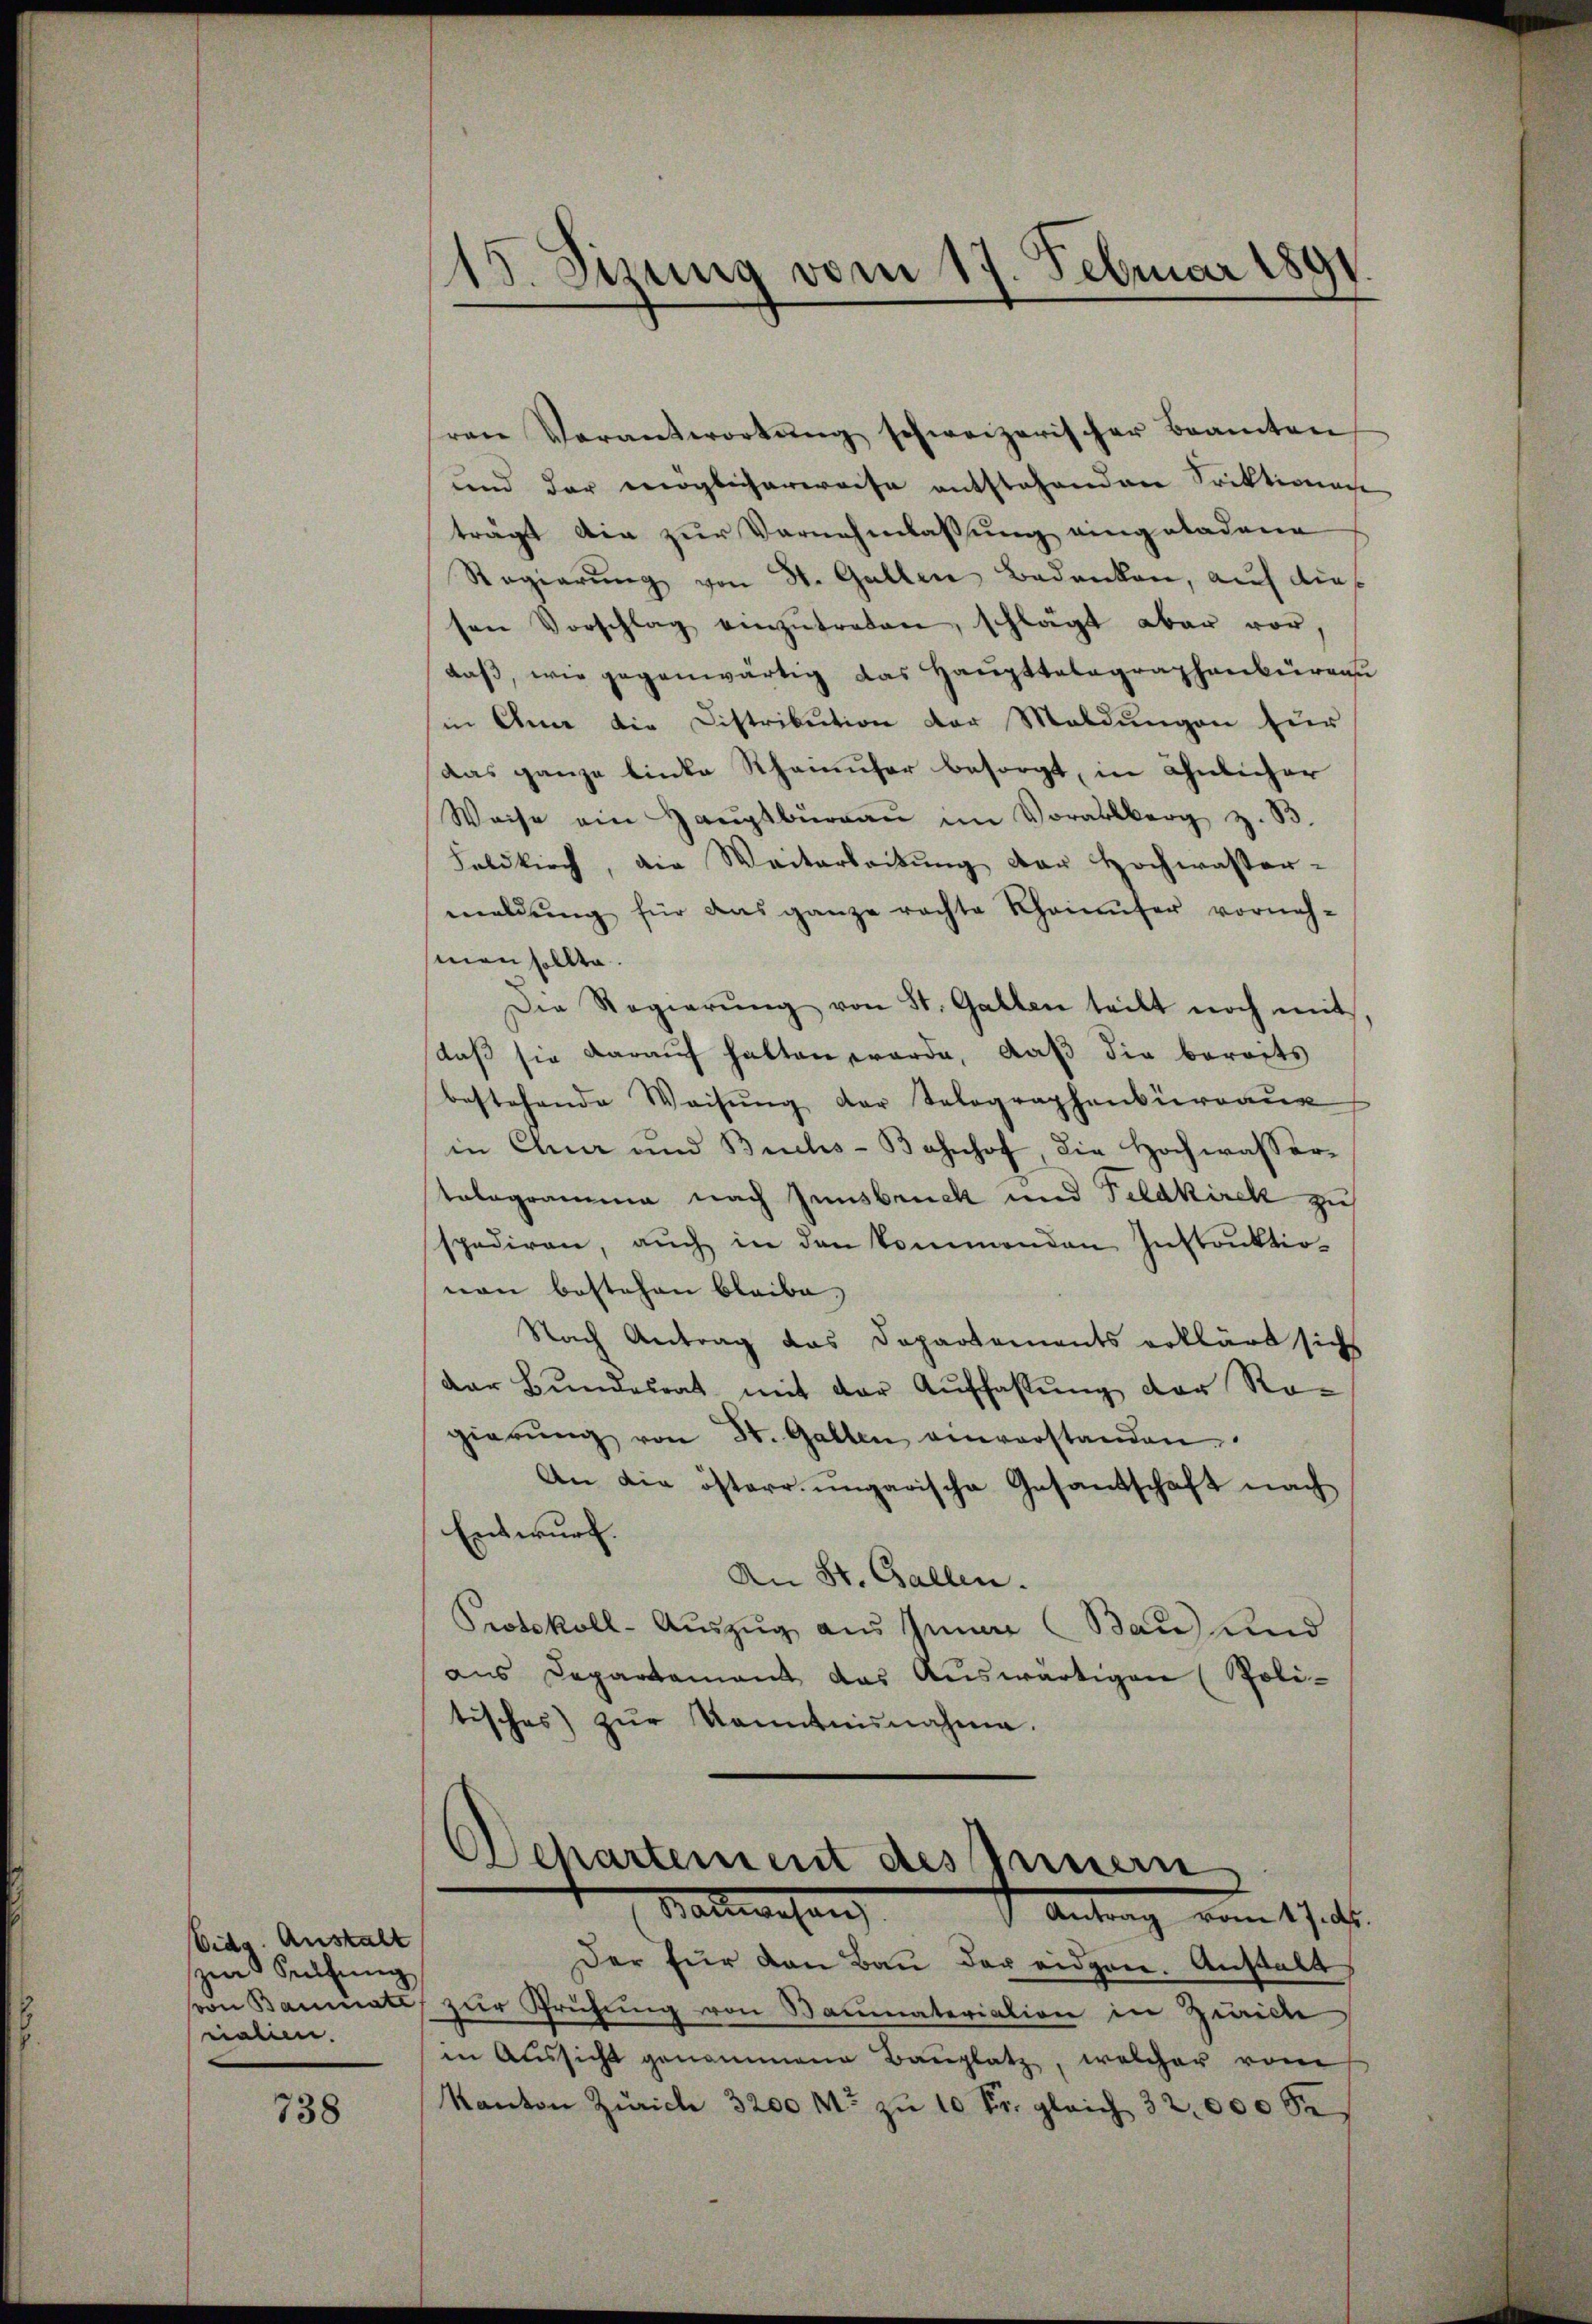
Eidg. Anstalt
zur Seifung
nalien.

738

ren Verantwortŭng schweizerischer Beamten
und der möglicherweise entstehenden Srektionen
trägt die zur Vernehmlassung eingeladene
Regierŭng von St. Gallen Bedanken, auf dies
sen Vorschlag einzŭtreten, schlägt aber vor.
daβ, wie gegenwärtig das Haupttalographenburgau
in Ana die Distribution der Maldungen zur
Das ganze linke Rheinufer besorgt, in ähnlicher
Weise ein Haŭptbüreaŭ im Vorarlberg z. B.
Feldkirch, die Weitarbeitung der Hochwasser-
meldŭng für das ganze rachte Rheinufer vorneh-
man sollte.
Die Regierŭng von St. Gallen teilt noch mit
daß sie darauf halten worde, daß die bereits
bestehende Weisŭng der Selographenbüreaus
in Chur und Buchs-Bahnhof, die Hochwassertologramme nach Innsbruck und Feldkirck zu
spediren, auch in den kommenden Instruktionon bestehen bleibe.
Nach Antrag das Departements erklärt sich
der Bundesrat mit der Auffassung der Ro-
gierŭng von St. Gallen einverstanden.
An die österr. ungarische Gesandschaft nach
Entwurf.
An St. Gallen.
Protokoll-Auszug aus Inner Bau und
anus Departement das Auswärtigen (Poli-
tisches) zŭr Kenntnisnahme.

¬
13. Sizung vom 17. Februar 1891

Departement des Innern
Bauwesen |
f Antrag vom 17. des

Der für den Bau der eidgen. Anstalt
von Baumate zur Prüfung von Baumateriation in Zwicke
in Aussicht genommene Baŭplatz, welcher vom
Kanton Zürich 3200 M. zŭ 10 Fr. gleich 32,000 Se